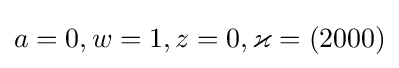
a=0,w=1,z=0,\varkappa =(2000)